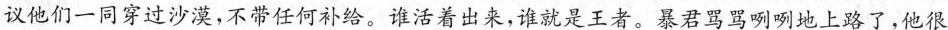
议他们一同穿过沙漠，不带任何补给。谁活着出来，谁就是王者。暴君骂骂咧咧地上路了，他很